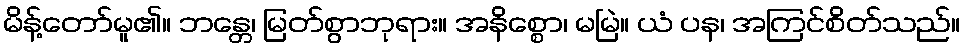
မိန့်တော်မူ၏။ ဘန္တေ၊ မြတ်စွာဘုရား။ အနိစ္စော၊ မမြဲ။ ယံ ပန၊ အကြင်စိတ်သည်။